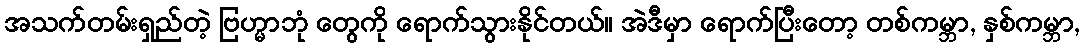
အသက်တမ်းရှည်တဲ့ ဗြဟ္မာဘုံ တွေကို ရောက်သွားနိုင်တယ်။ အဲဒီမှာ ရောက်ပြီးတော့ တစ်ကမ္ဘာ, နှစ်ကမ္ဘာ,